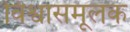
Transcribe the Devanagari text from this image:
विश्वासमूलक